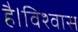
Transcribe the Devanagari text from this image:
है।विश्वास